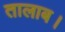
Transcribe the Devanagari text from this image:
तालाब।